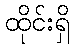
ထိုင်းရှိ